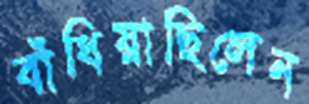
বাঁধিয়াছিলেন